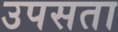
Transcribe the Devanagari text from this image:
उपसता